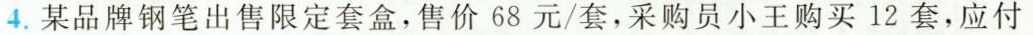
4.某品牌钢笔出售限定套盒，售价68元/套，采购员小王购买12套，应付